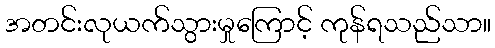
အတင်းလုယက်သွားမှုကြောင့် ကုန်ရသည်သာ။